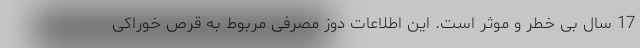
17 سال بی خطر و موثر است. این اطلاعات دوز مصرفی مربوط به قرص خوراکی